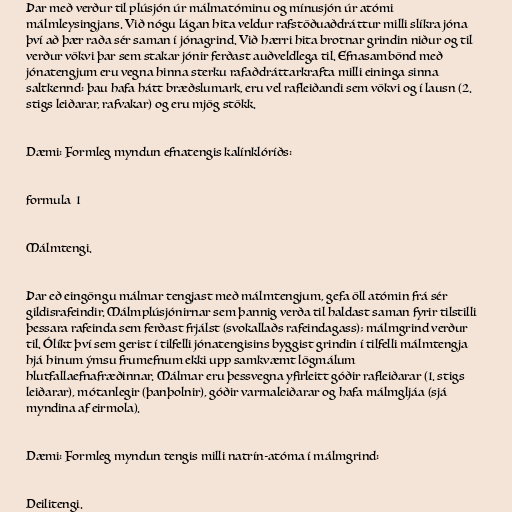
Þar með verður til plúsjón úr málmatóminu og mínusjón úr atómi
málmleysingjans. Við nógu lágan hita veldur rafstöðuaðdráttur milli slíkra jóna
því að þær raða sér saman í jónagrind. Við hærri hita brotnar grindin niður og til
verður vökvi þar sem stakar jónir ferðast auðveldlega til. Efnasambönd með
jónatengjum eru vegna hinna sterku rafaðdráttarkrafta milli eininga sinna
saltkennd: þau hafa hátt bræðslumark, eru vel rafleiðandi sem vökvi og í lausn (2.
stigs leiðarar, rafvakar) og eru mjög stökk.

Dæmi: Formleg myndun efnatengis kalínklóríðs:

formula_1

Málmtengi.

Þar eð eingöngu málmar tengjast með málmtengjum, gefa öll atómin frá sér
gildisrafeindir. Málmplúsjónirnar sem þannig verða til haldast saman fyrir tilstilli
þessara rafeinda sem ferðast frjálst (svokallaðs rafeindagass); málmgrind verður
til. Ólíkt því sem gerist í tilfelli jónatengisins byggist grindin í tilfelli málmtengja
hjá hinum ýmsu frumefnum ekki upp samkvæmt lögmálum
hlutfallaefnafræðinnar. Málmar eru þessvegna yfirleitt góðir rafleiðarar (1. stigs
leiðarar), mótanlegir (þanþolnir), góðir varmaleiðarar og hafa málmgljáa (sjá
myndina af eirmola).

Dæmi: Formleg myndun tengis milli natrín-atóma í málmgrind:

Deilitengi.